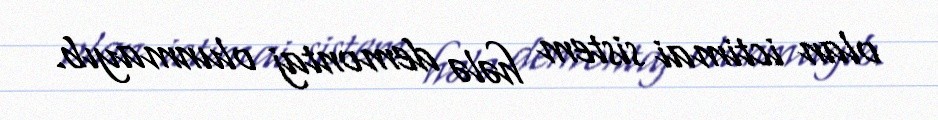
olan ictimai sistem hələ demontaj olunmayıb.